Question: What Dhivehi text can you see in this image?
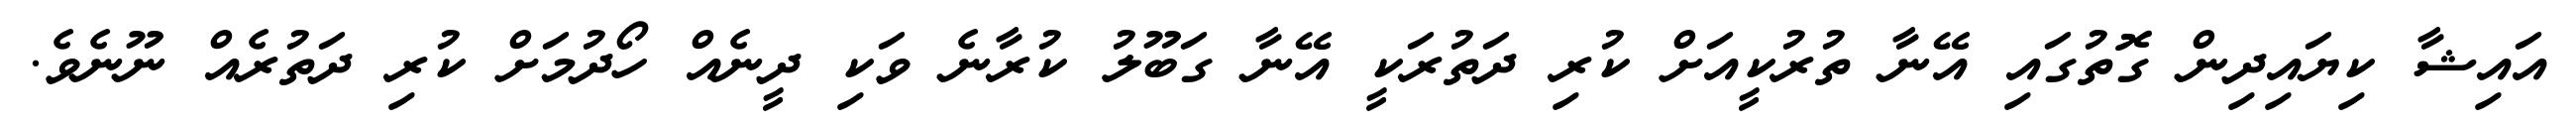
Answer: އައިޝާ ކިޔައިދިން ގޮތުގައި އޭނާ ތުރުކީއަށް ކުރި ދަތުރަކީ އޭނާ ގަބޫލު ކުރާނެ ވަކި ދީނެއް ހޯދުމަށް ކުރި ދަތުރެއް ނޫނެވެ.